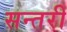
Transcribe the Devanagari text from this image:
सन्तरी